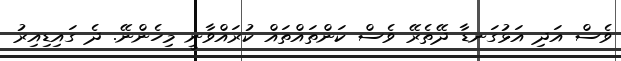
ވެސް އަދި އަޅުގަނޑާ ދޭތެރޭ ވެސް ކަންތައްތައް ކުރައްވާނީ މިހެންނޭ. ދެ ގައިޑިއިރު